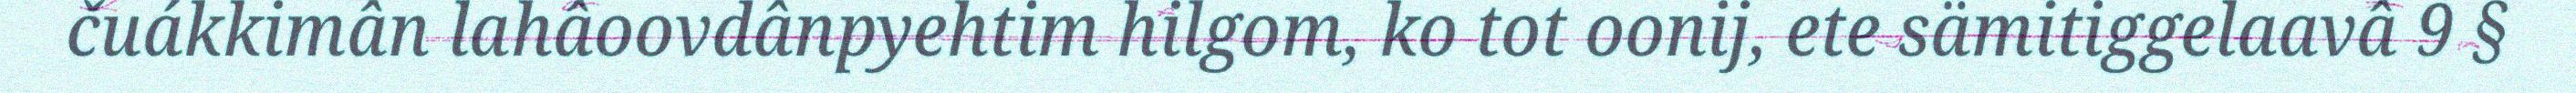
čuákkimân lahâoovdânpyehtim hilgom, ko tot oonij, ete sämitiggelaavâ 9 §